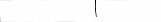
- .